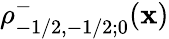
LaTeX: \rho_{-1/2,-1/2;0}^{-}(\mathbf{x})